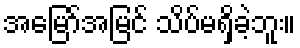
အမြော်အမြင် သိပ်မရှိခဲ့ဘူး။